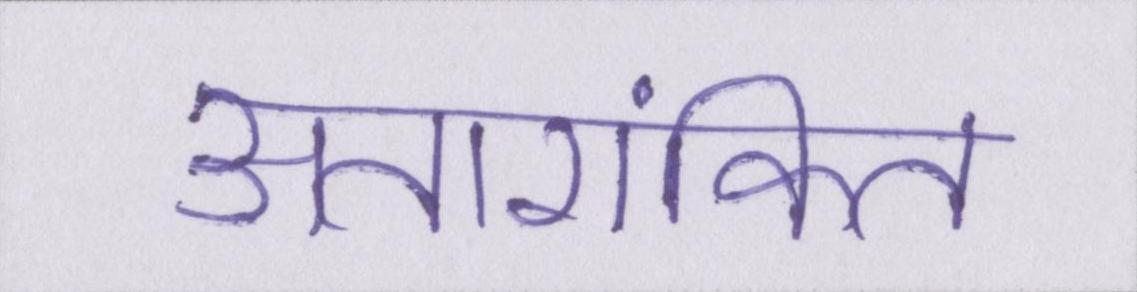
अतारांकित